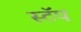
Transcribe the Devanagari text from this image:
स्टॅप